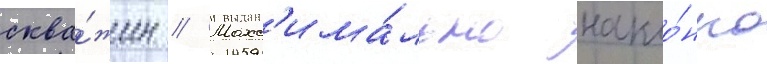
сква́жин // Макс'има́льно накло́нно